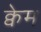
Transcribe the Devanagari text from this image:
क्वेम